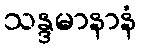
သန္ဒမာနာနံ